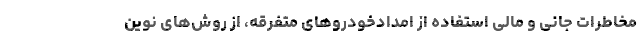
مخاطرات جانی و مالی استفاده از امدادخودروهای متفرقه، از روش‌های نوین